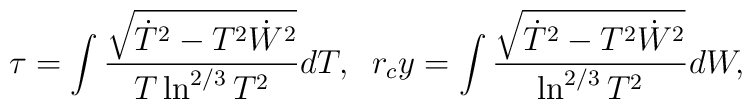
\tau=\int\frac{\sqrt{\dot{T}^2- T^2\dot{W}^2}}{T\ln^{2/3}T^2}dT,\;\;r_c y=\int\frac{\sqrt{\dot{T}^2-T^2\dot{W}^2}}{\ln^{2/3}T^2}dW ,